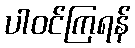
ပါဝင်ကြရန်